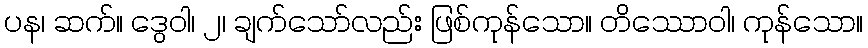
ပန၊ ဆက်။ ဒွေဝါ၊ ၂၊ ချက်သော်လည်း ဖြစ်ကုန်သော။ တိဿောဝါ၊ ကုန်သော။